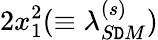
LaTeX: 2x_{1}^{2}(\equiv\lambda_{S\mathtt{D}M}^{(s)})